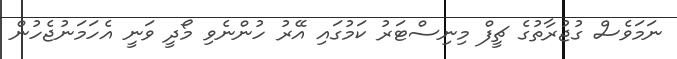
ނަމަވެސް ގުޖުރާތުގެ ޗީފް މިނިސްޓަރު ކަމުގައި އޭރު ހުންނެވި މޯދީ ވަނީ އެހަމަނުޖެހުން